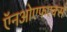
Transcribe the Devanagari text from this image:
ऍनओएफएक्स